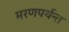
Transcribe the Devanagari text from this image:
मरणपर्यन्त